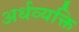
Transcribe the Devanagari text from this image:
अर्धव्यक्ति